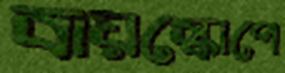
বায়স্কোপে